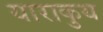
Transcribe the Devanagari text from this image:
याराकुय